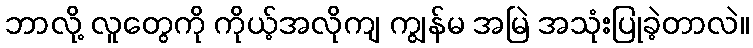
ဘာလို့ လူတွေကို ကိုယ့်အလိုကျ ကျွန်မ အမြဲ အသုံးပြုခဲ့တာလဲ။